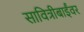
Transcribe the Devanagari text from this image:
सावित्रीबाईंवर